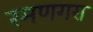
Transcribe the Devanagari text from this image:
रमणगरा